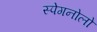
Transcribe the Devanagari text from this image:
स्पेगनोलो